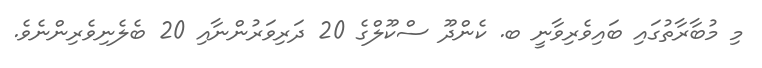
މި މުބާރާތުގައި ބައިވެރިވާނީ ބ. ކެންދޫ ސްކޫލްގެ 20 ދަރިވަރުންނާއި 20 ބެލެނިވެރިންނެވެ.